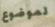
لموضوع